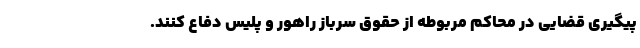
پیگیری قضایی در محاکم مربوطه از حقوق سرباز راهور و پلیس دفاع کنند.